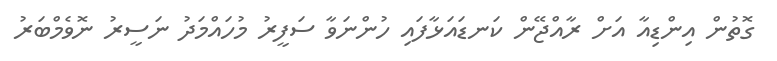
ގޮތުން އިންޑިއާ އަށް ރާއްޖޭން ކަނޑައަޅާފައި ހުންނަވާ ސަފީރު މުހައްމަދު ނަސީރު ނޮވެމްބަރު